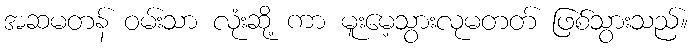
အဆမတန် ဝမ်းသာ လုံးဆို့ ကာ မူးမေ့သွားလုမတတ် ဖြစ်သွားသည်။